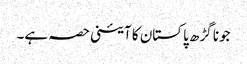
جونا گڑھ پاکستان کا آئینی حصہ ہے۔